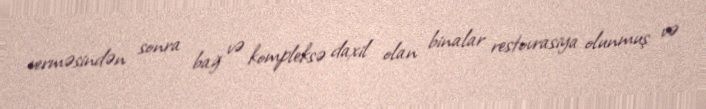
verməsindən sonra bağ və kompleksə daxil olan binalar restovrasiya olunmuş və